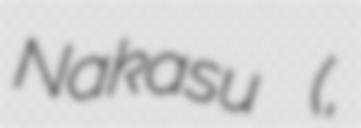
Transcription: Nakasu (中州,